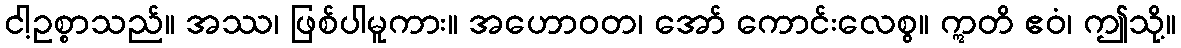
ငါ့ဥစ္စာသည်။ အဿ၊ ဖြစ်ပါမူကား။ အဟောဝတ၊ အော် ကောင်းလေစွ။ ဣတိ ဧဝံ၊ ဤသို့။